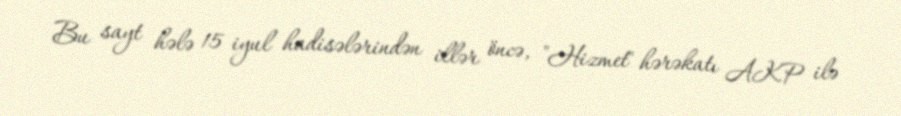
Bu sayt hələ 15 iyul hadisələrindən illər öncə, "Hizmet" hərəkatı AKP ilə